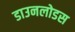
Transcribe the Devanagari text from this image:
डाउनलोडस